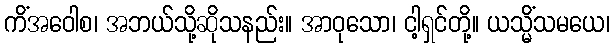
ကိံအဝေါစ၊ အဘယ်သို့ဆိုသနည်း။ အာဝုသော၊ ငါ့ရှင်တို့။ ယသ္မိံသမယေ၊